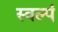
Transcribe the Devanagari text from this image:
स्वल्पं